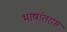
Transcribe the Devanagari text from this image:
भाषांतरास